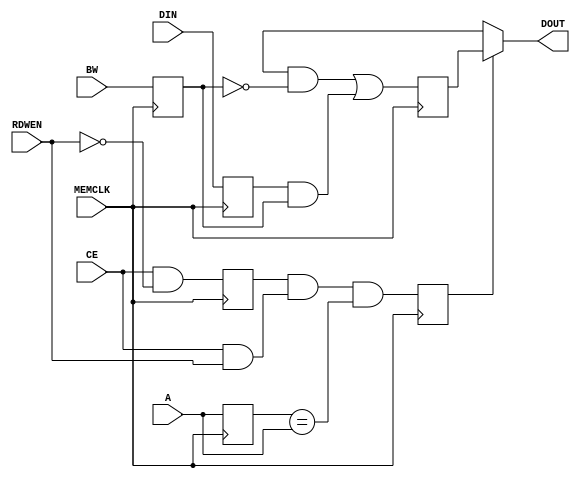
// Copyright (c) 2015 Princeton University
// All rights reserved.
// 
// Redistribution and use in source and binary forms, with or without
// modification, are permitted provided that the following conditions are met:
//     * Redistributions of source code must retain the above copyright
//       notice, this list of conditions and the following disclaimer.
//     * Redistributions in binary form must reproduce the above copyright
//       notice, this list of conditions and the following disclaimer in the
//       documentation and/or other materials provided with the distribution.
//     * Neither the name of Princeton University nor the
//       names of its contributors may be used to endorse or promote products
//       derived from this software without specific prior written permission.
// 
// THIS SOFTWARE IS PROVIDED BY PRINCETON UNIVERSITY "AS IS" AND
// ANY EXPRESS OR IMPLIED WARRANTIES, INCLUDING, BUT NOT LIMITED TO, THE IMPLIED
// WARRANTIES OF MERCHANTABILITY AND FITNESS FOR A PARTICULAR PURPOSE ARE
// DISCLAIMED. IN NO EVENT SHALL PRINCETON UNIVERSITY BE LIABLE FOR ANY
// DIRECT, INDIRECT, INCIDENTAL, SPECIAL, EXEMPLARY, OR CONSEQUENTIAL DAMAGES
// (INCLUDING, BUT NOT LIMITED TO, PROCUREMENT OF SUBSTITUTE GOODS OR SERVICES;
// LOSS OF USE, DATA, OR PROFITS; OR BUSINESS INTERRUPTION) HOWEVER CAUSED AND
// ON ANY THEORY OF LIABILITY, WHETHER IN CONTRACT, STRICT LIABILITY, OR TORT
// (INCLUDING NEGLIGENCE OR OTHERWISE) ARISING IN ANY WAY OUT OF THE USE OF THIS
// SOFTWARE, EVEN IF ADVISED OF THE POSSIBILITY OF SUCH DAMAGE.

// Wrapper for a simple double port Xilinx bram
// Enables bit write mask
module bram_sdp_256x272_wrapper 
#(parameter ADDR_WIDTH=8, BITMASK_WIDTH=64, DATA_WIDTH=64)
(
    input                         MEMCLK,
    input                         CE,
    input   [ADDR_WIDTH-1:0]      A,
    input                         RDWEN,
    input   [BITMASK_WIDTH-1:0]   BW,
    input   [DATA_WIDTH-1:0]      DIN,
    output  [DATA_WIDTH-1:0]      DOUT
);

wire                            write_en;
wire                            read_en;

// Temporary storage for write data
reg                             wen_r;
reg   [ADDR_WIDTH-1:0    ]      A_r;
reg   [BITMASK_WIDTH-1:0 ]      BW_r;
reg   [DATA_WIDTH-1:0    ]      DIN_r;

reg   [DATA_WIDTH-1:0    ]      bram_data_in_r;

wire                            bram_wen;
wire                            bram_ren;
wire  [DATA_WIDTH-1:0    ]      bram_data_out;
wire  [DATA_WIDTH-1:0    ]      bram_data_in;
wire                            rw_conflict;
reg                             rw_conflict_r;


assign write_en   = CE & (RDWEN == 1'b0);
assign read_en    = CE & (RDWEN == 1'b1);


// Intermediate logic for write processing
always @(posedge MEMCLK) begin
   wen_r <= write_en;
   A_r   <= A;
   BW_r  <= BW;
   DIN_r <= DIN;
end

always @(posedge MEMCLK)
   bram_data_in_r <= bram_data_in;

always @(posedge MEMCLK)
   rw_conflict_r  <= rw_conflict;

assign bram_data_in = (bram_data_out & ~BW_r) | (DIN_r & BW_r);

// processing of read in case if it just in the next cycle after read to the same address
assign rw_conflict   = wen_r & read_en & (A_r == A);
assign DOUT          = rw_conflict_r ? bram_data_in_r : bram_data_out;  // delay of mem is 1 cycle
assign bram_ren      = (read_en | write_en) & ~rw_conflict;                // do not read in case of a conflict
                                                                        // to make behaviour of a memory robust
assign bram_wen      = wen_r;


`ifdef VIRTEX6_BOARD
bram_256x272 mem (
    .clka    (MEMCLK        ),
    .ena     (bram_wen      ),
    .wea     (1'b1          ),
    .addra   (A_r           ),
    .dina    (bram_data_in  ),
    
    .clkb    (MEMCLK        ),
    .enb     (bram_ren      ),
    .addrb   (A             ),
    .doutb   (bram_data_out )
);
`elsif NEXYS4DDR_BOARD
artix7_bram_256x272 mem (
    .BRAM_PORTA_clk    (MEMCLK        ),
    .BRAM_PORTA_en     (bram_wen      ),
    .BRAM_PORTA_we     (1'b1          ),
    .BRAM_PORTA_addr   (A_r           ),
    .BRAM_PORTA_din    (bram_data_in  ),
   
    .BRAM_PORTB_clk    (MEMCLK        ),
    .BRAM_PORTB_en     (bram_ren      ),
    .BRAM_PORTB_addr   (A             ),
    .BRAM_PORTB_dout   (bram_data_out )
);
`endif


endmodule